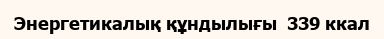
Энергетикалық құндылығы  339 ккал